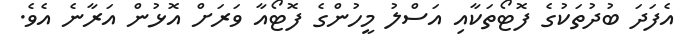
އެފަދަ ބުދުތަކުގެ ފޮޓޯތަކާއި އަސްލު މީހުންގެ ފޮޓޯއާ ވަރަށް އޮޅުން އަރާނެ އެވެ.